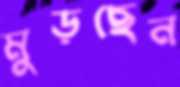
মুড়ছেন